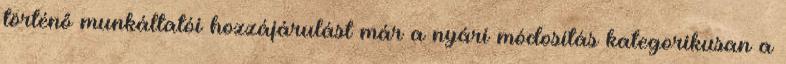
történő munkáltatói hozzájárulást már a nyári módosítás kategorikusan a